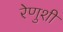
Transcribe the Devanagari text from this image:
रेणुशी